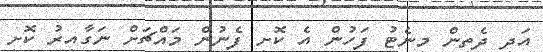
އަދި ދެތިން މިނެޓު ފަހުން އެ ކޮށި ފެނުން މައްޗަށް ނަގާއިރު ކޮށި